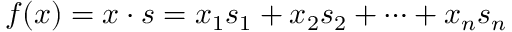
f ( x ) = x \cdot s = x _ { 1 } s _ { 1 } + x _ { 2 } s _ { 2 } + \cdots + x _ { n } s _ { n }